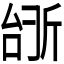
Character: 𫿺